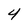
Character: 4